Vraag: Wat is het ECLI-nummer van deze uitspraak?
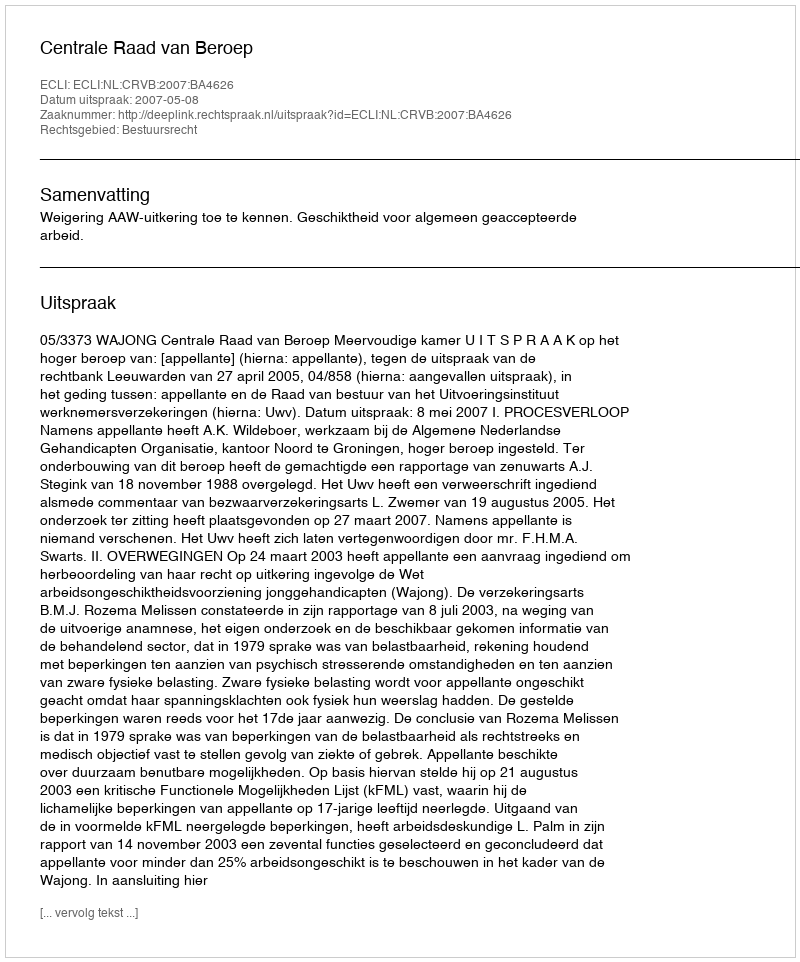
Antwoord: ECLI:NL:CRVB:2007:BA4626